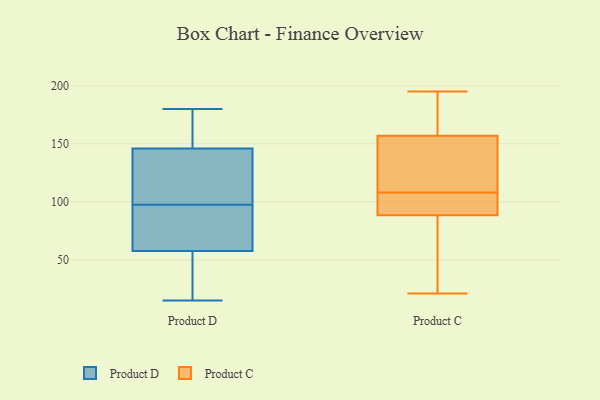
{"axis": {"x": "Market Share (%)", "y": "Value"}, "legend": ["Product C", "Product D"], "data": [{"x": "", "y": 93, "type": "Product D"}, {"x": "", "y": 153, "type": "Product D"}, {"x": "", "y": 15, "type": "Product D"}, {"x": "", "y": 174, "type": "Product D"}, {"x": "", "y": 180, "type": "Product D"}, {"x": "", "y": 169, "type": "Product D"}, {"x": "", "y": 86, "type": "Product D"}, {"x": "", "y": 40, "type": "Product D"}, {"x": "", "y": 124, "type": "Product D"}, {"x": "", "y": 102, "type": "Product D"}, {"x": "", "y": 125, "type": "Product D"}, {"x": "", "y": 75, "type": "Product D"}, {"x": "", "y": 16, "type": "Product D"}, {"x": "", "y": 139, "type": "Product D"}, {"x": "", "y": 15, "type": "Product D"}, {"x": "", "y": 85, "type": "Product D"}, {"x": "", "y": 116, "type": "Product C"}, {"x": "", "y": 181, "type": "Product C"}, {"x": "", "y": 113, "type": "Product C"}, {"x": "", "y": 26, "type": "Product C"}, {"x": "", "y": 84, "type": "Product C"}, {"x": "", "y": 195, "type": "Product C"}, {"x": "", "y": 103, "type": "Product C"}, {"x": "", "y": 184, "type": "Product C"}, {"x": "", "y": 115, "type": "Product C"}, {"x": "", "y": 157, "type": "Product C"}, {"x": "", "y": 102, "type": "Product C"}, {"x": "", "y": 157, "type": "Product C"}, {"x": "", "y": 21, "type": "Product C"}, {"x": "", "y": 58, "type": "Product C"}, {"x": "", "y": 93, "type": "Product C"}, {"x": "", "y": 100, "type": "Product C"}]}